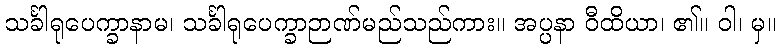
သင်္ခါရုပေက္ခာနာမ၊ သင်္ခါရုပေက္ခာဉာဏ်မည်သည်ကား။ အပ္ပနာ ဝီထိယာ၊ ၏။ ဝါ၊ မှ။